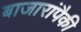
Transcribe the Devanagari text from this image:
बाजारांपैकी